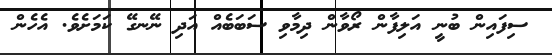
ސިފައިން ބުނީ އަލިފާން ރޯވާން ދިމާވި ސަބަބެއް އަދި ނޭނގޭ ކަމަށެވެ. އެހެން